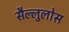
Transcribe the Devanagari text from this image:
सैल्लुलोस